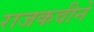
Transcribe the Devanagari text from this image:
राजकवीने